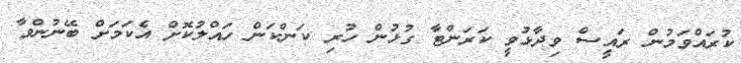
ކުރައްވަމުން ރައީސް ވިދާޅުވީ ކަރަންޓާ ގުޅުން ހުރި ކަންކަން ހައްލުކޮށް އެކަމަށް ބޭނުންވާ